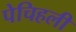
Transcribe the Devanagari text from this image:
पेचिहली